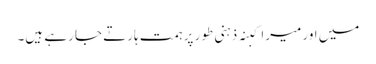
میں اور میرا کبنہ ذہنی طور پر ہمت ہارتے جا رہے ہیں۔